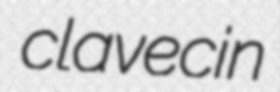
clavecin